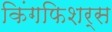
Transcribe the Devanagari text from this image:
किंगफिशर्स